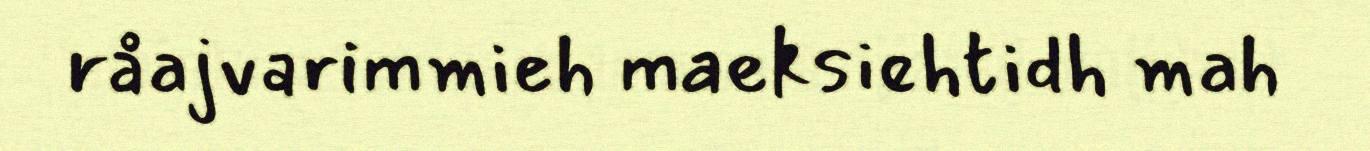
råajvarimmieh maeksiehtidh mah